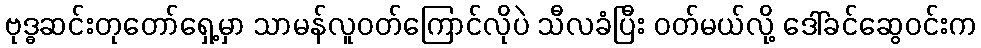
ဗုဒ္ဓဆင်းတုတော်ရှေ့မှာ သာမန်လူဝတ်ကြောင်လိုပဲ သီလခံပြီး ဝတ်မယ်လို့ ဒေါ်ခင်ဆွေဝင်းက